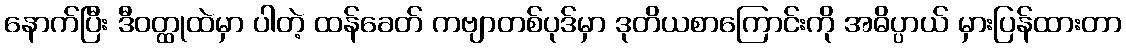
နောက်ပြီး ဒီဝတ္ထုထဲမှာ ပါတဲ့ ထန်ခေတ် ကဗျာတစ်ပုဒ်မှာ ဒုတိယစာကြောင်းကို အဓိပ္ပာယ် မှားပြန်ထားတာ